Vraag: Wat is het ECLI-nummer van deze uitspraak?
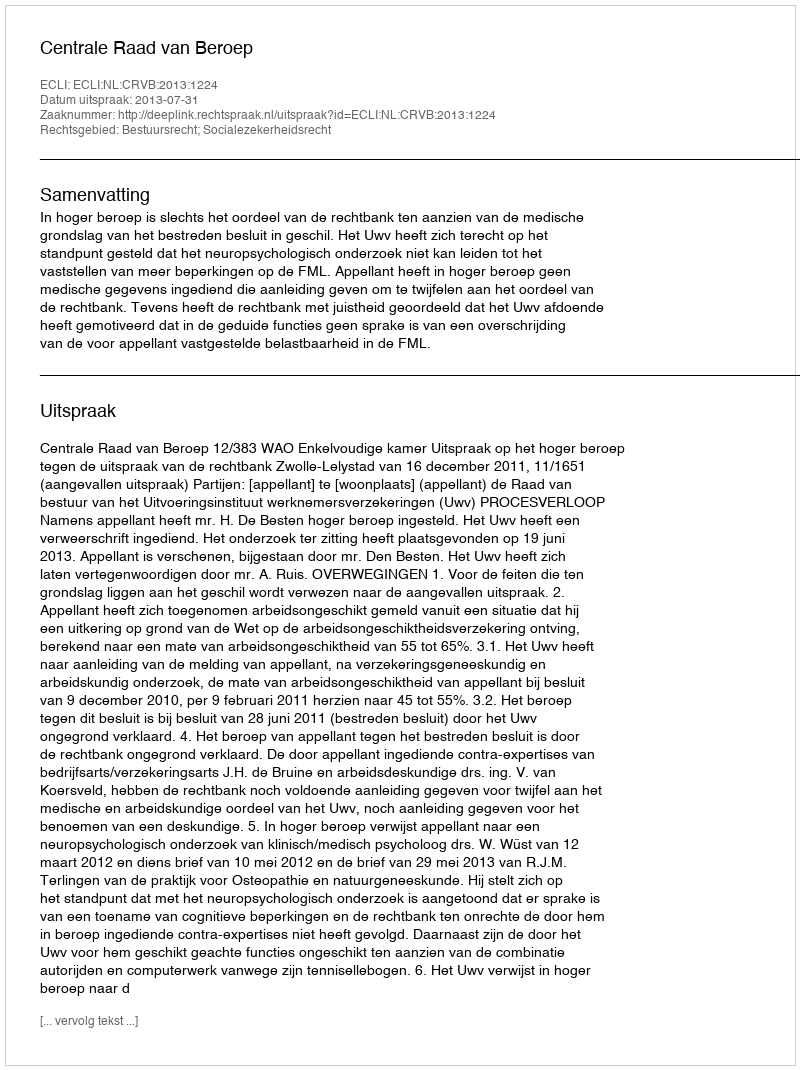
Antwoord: ECLI:NL:CRVB:2013:1224